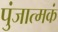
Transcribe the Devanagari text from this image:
पुंजात्मकं